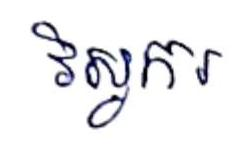
វិស្វករ